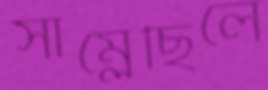
সাম্‌লেছিলে